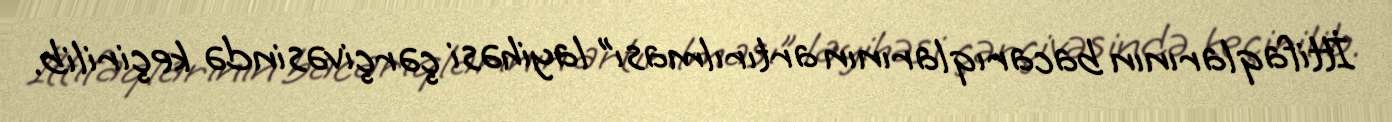
İttifaqlarının bacarıqlarının artırılması” layihəsi çərçivəsində keçirilib.